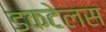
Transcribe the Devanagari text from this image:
डकटेलस